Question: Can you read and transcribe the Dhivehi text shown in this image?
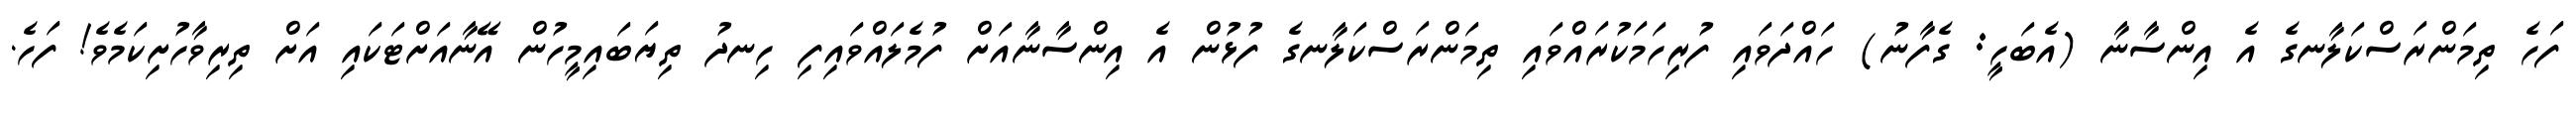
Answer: ފަހެ ތިމަންރަސްކަލާނގެ އެ އިންސާނާ (އެބަހީ: ގެފާނު) ހައްދަވައި ފުރިހަމަކުރައްވައި ތިމަންރަސްކަލާނގެ ފުޅުން އެ އިންސާނާއަށް ފުމެލައްވައިފި ހިނދު ތިޔަބައިމީހުން އޭނާއަށްޓަކައި އަށް ތިރިވާހުށިކަމެވެ! ފަހެ.